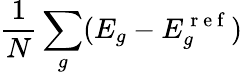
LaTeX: \frac{1}{N}\sum_{g}(E_{g}-E_{g}^{\mathrm{~r~e~f~}})